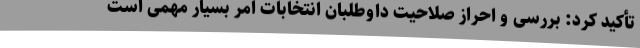
تأکید کرد: بررسی و احراز صلاحیت داوطلبان انتخابات امر بسیار مهمی است